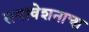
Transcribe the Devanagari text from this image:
समावेशनाचा